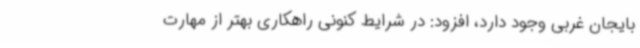
بایجان غربی وجود دارد، افزود: در شرایط کنونی راهکاری بهتر از مهارت